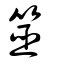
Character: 簭